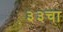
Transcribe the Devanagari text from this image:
३३चा